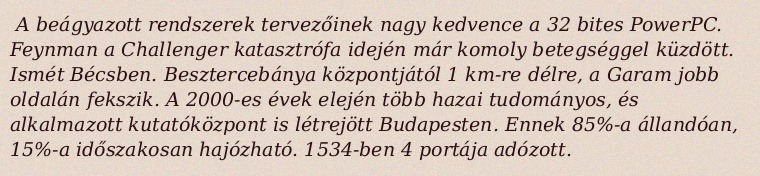
A beágyazott rendszerek tervezőinek nagy kedvence a 32 bites PowerPC. Feynman a Challenger katasztrófa idején már komoly betegséggel küzdött. Ismét Bécsben. Besztercebánya központjától 1 km-re délre, a Garam jobb oldalán fekszik. A 2000-es évek elején több hazai tudományos, és alkalmazott kutatóközpont is létrejött Budapesten. Ennek 85%-a állandóan, 15%-a időszakosan hajózható. 1534-ben 4 portája adózott.